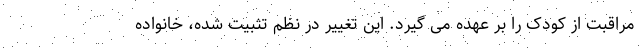
مراقبت از کودک را بر عهده می گیرد. این تغییر در نظم تثبیت شده، خانواده